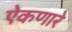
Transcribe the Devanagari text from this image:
ऐकणारे